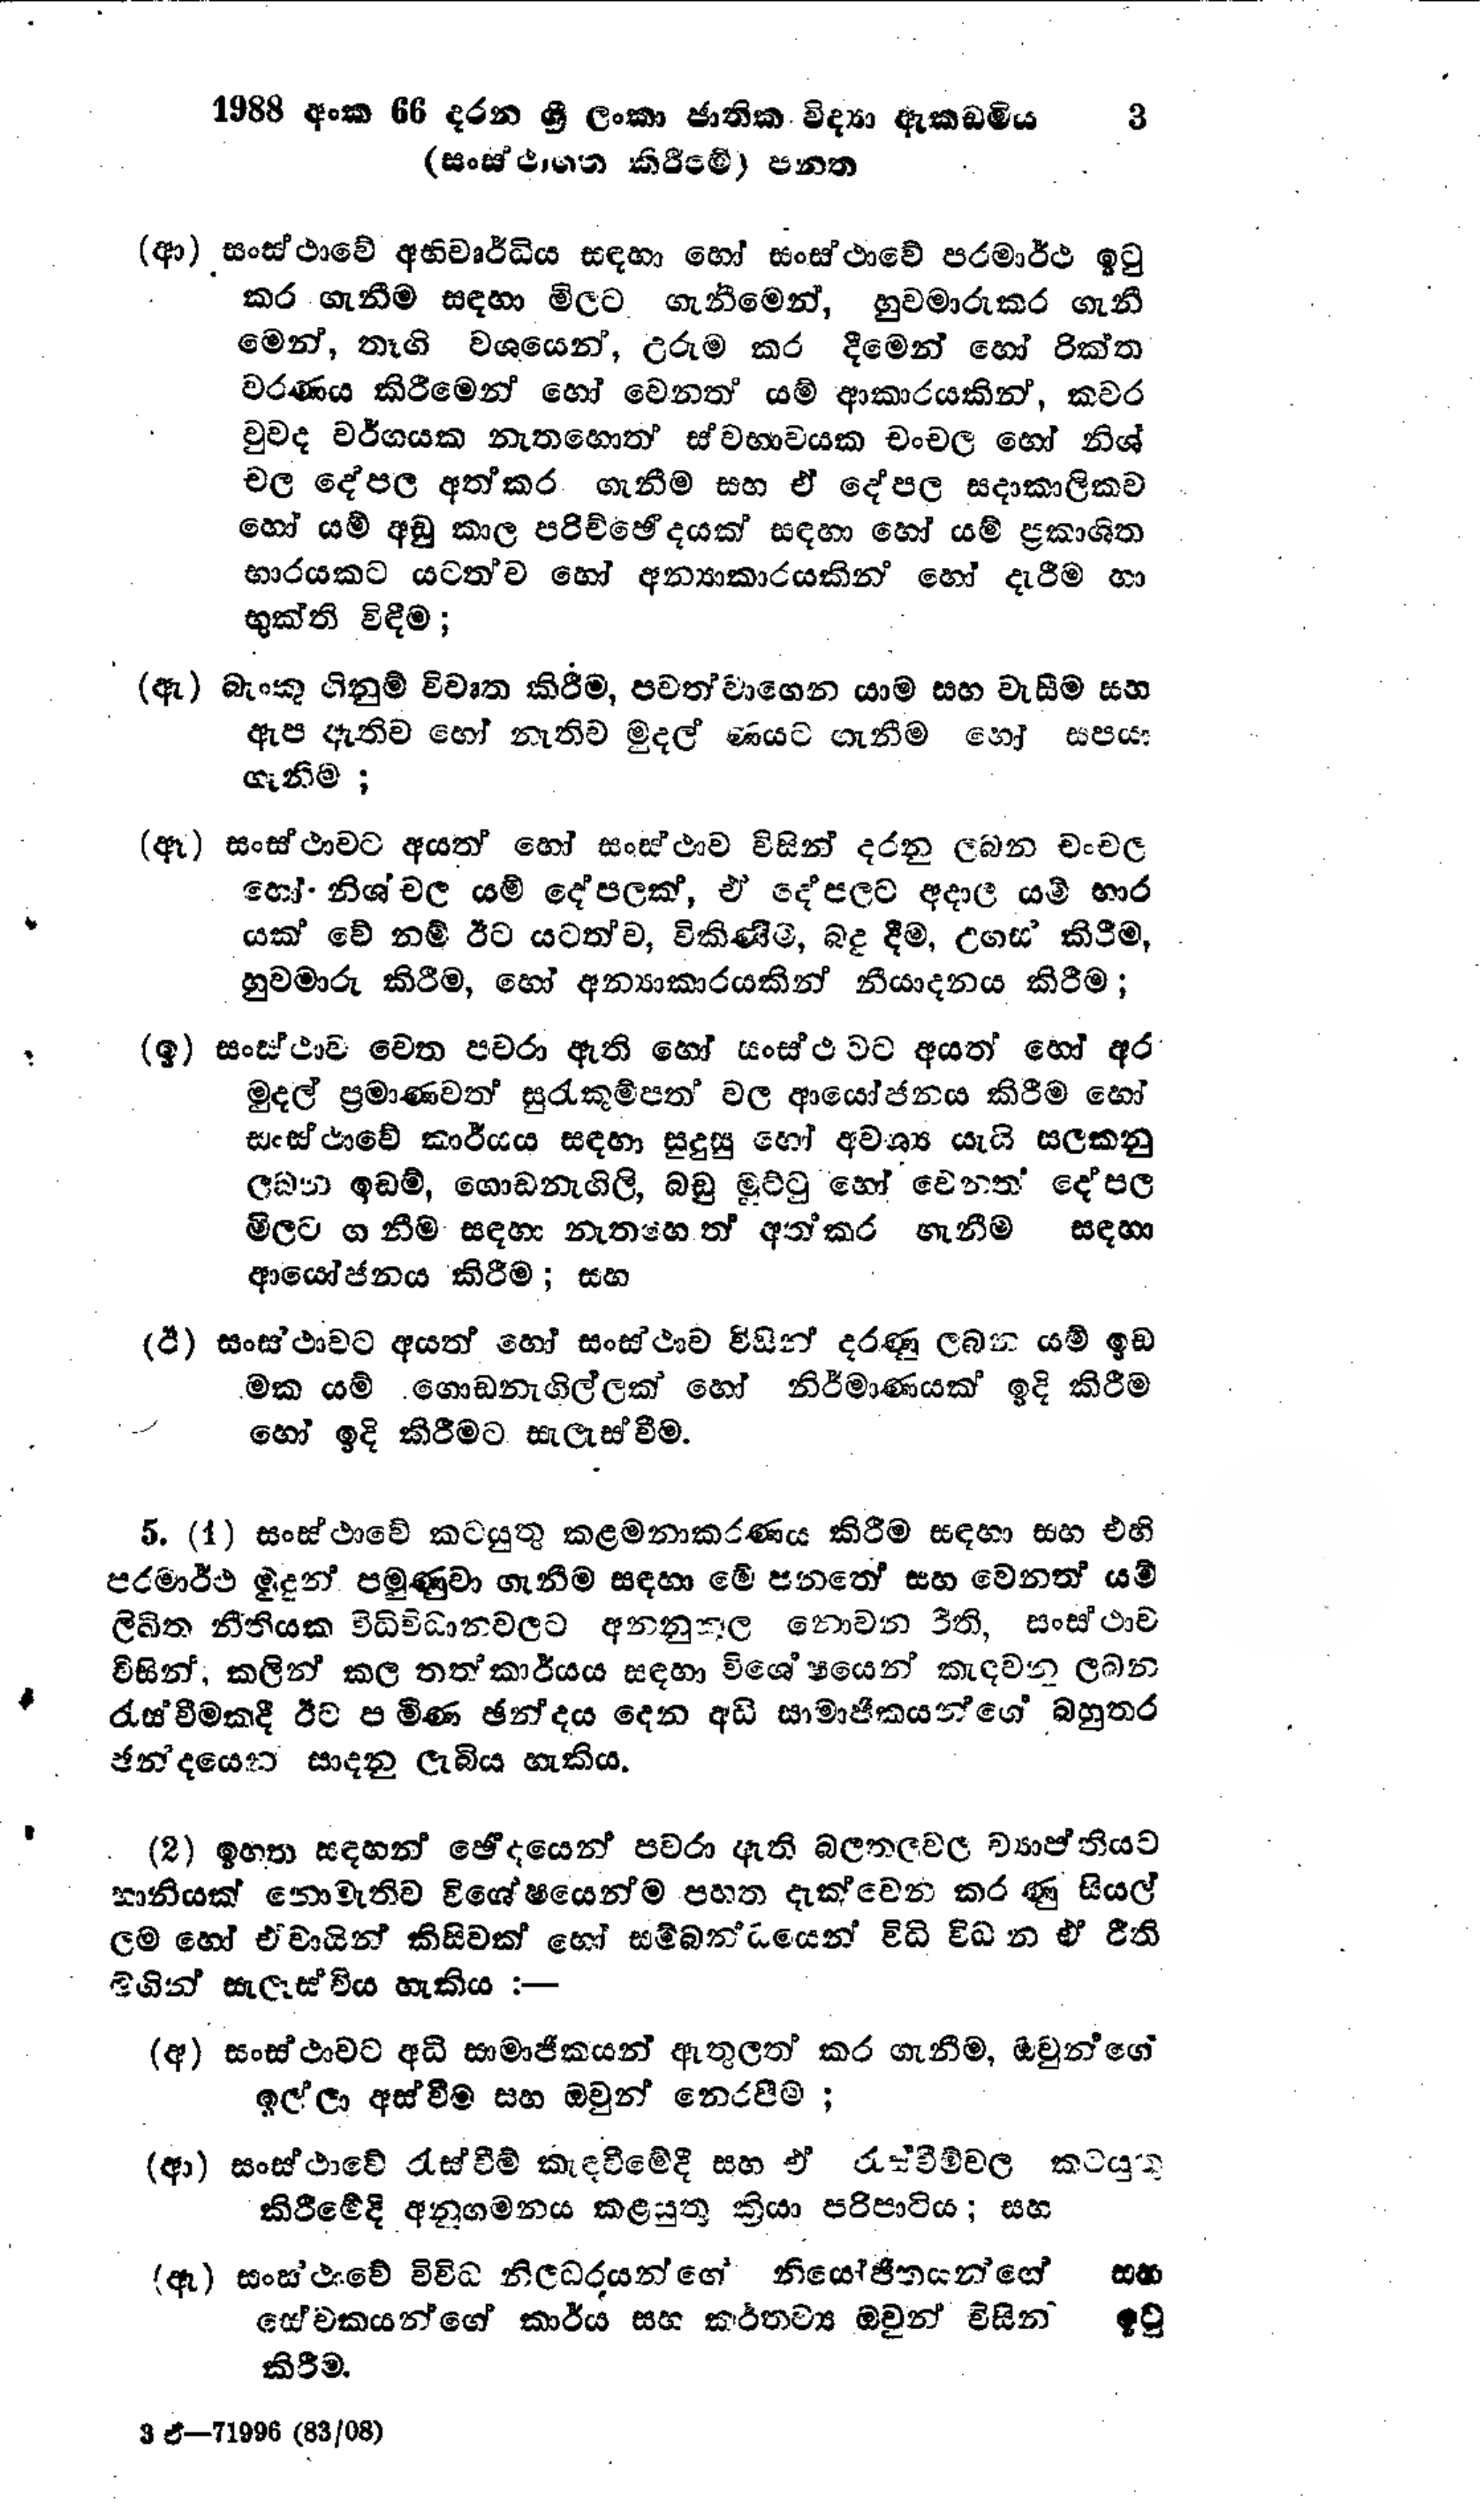
1988 අංක 66 දරන ශ්‍රී ලංකා ජාතික විද්‍යා ඇකඩමිය 3
(සංස්ථාගත කිරීමේ) පනත

(ආ) සංස්ථාවේ අභිවෘර්ධිය සඳහා හෝ සංස්ථාවේ පරමාර්ථ ඉටු
කර ගැනීම සඳහා මිලට ගැනීමෙන්, හුවමාරුකර ගැනී
මෙන්, තෑගි වශයෙන්, උරුම කර දීමෙන් හෝ රික්ත
වරණය කිරීමෙන් හෝ වෙනත් යම් ආකාරයකින්, කවර
වුවද වර්ගයක නැතහොත් ස්වභාවයක චංචල හෝ නිශ්
චල දේපල අත්කර ගැනීම සහ ඒ දේපල සදාකාලිකව
හෝ යම් අඩු කාල පරිච්ඡෙදයක් සඳහා හෝ යම් ප්‍රකාශිත
භාරයකට යටත්ව හෝ අන්‍යාකාරයකින් හෝ දැරීම හා
භුක්ති විඳීම;

(ඇ) බැංකු ගිනුම් විවෘත කිරීම, පවත්වාගෙන යාම සහ වැසීම සහ
ඇප ඇතිව හෝ නැතිව මුදල් ණයට ගැනීම හෝ සප‍යා
ගැනීම ;

(ඈ) සංස්ථාවට අයත් හෝ සංස්ථාව විසින් දරනු ලබන චංචල
හෝ නිශ්චල යම් දේපලක්, ඒ දේපලට අදාල යම් භාර
යක් වේ නම් ඊට යටත්ව, විකිණීම, බදු දීම, උගස් කිරීම,
හුවමාරු කිරීම, හෝ අන්‍යාකාරයකින් නියාදනය කිරීම;

(ඉ) සංස්ථාව වෙත පවරා ඇති හෝ සංස්ථවට අයත් හෝ අර
මුදල් ප්‍රමාණවත් සුරැකුම්පත් වල ආයෝජනය කිරීම හෝ
සංස්ථාවේ කාර්යය සඳහා සුදුසු හෝ අවශ්‍ය යැයි සලකනු
ලබන ඉඩම්, ගොඩනැගිලි, බඩු මුට්ටු හෝ වෙනත් දේපල
මිලට ගනීම සඳහා නැත හොත් අත්කර ගැනීම සඳහා
ආයෝජනය කිරීම; සහ

(ඊ) සංස්ථාවට අයත් හෝ සංස්ථාව විසින් දරණු ලබන යම් ඉඩ
මක යම් ගොඩනැගිල්ලක් හෝ නිර්මාණයක් ඉදි කිරීම
හෝ ඉදි කිරීමට සැලැස්වීම.

5. (1) සංස්ථාවේ කටයුතු කළමනාකරණය කිරීම සඳහා සහ එහි
පරමාර්ථ මුදුන් පමුණුවා ගැනීම සඳහා මේ පනතේ සහ වෙනත් යම්
ලිඛිත නීතියක විධිවිධාන වලට අනනුකූල නොවන රීති, සංස්ථාව
විසින්, කලින් කල තත්කාර්යය සඳහා විශේෂයෙන් කැඳවන ලබන
රැස්වීමකදී ඊට පැමිණ ඡන්දය දෙන අඩි සාමාජිකයන්ගේ බහුතර
ඡන්දයෙන් සාදනු ලැබිය හැකිය.

(2) ඉහත සඳහන් ඡේදයෙන් පවරා ඇති බලතලවල ව්‍යාප්තියට
හානියක් නොමැතිව විශේෂයෙන්ම පහත දැක්වෙන කරණු සියල්
ලම හෝ ඒවායින් කිසිවක් හෝ සම්බන්ධයෙන් විධිවිධාන ඒ රීති
මගින් සැලැස්විය හැකිය :-

(අ) සංස්ථාවට අධි සාමාජිකයන් ඇතුලත් කර ගැනීම, ඔවුන්ගේ
ඉල්ලා අස්වීම සහ ඔවුන් නෙරපීම;

(ආ) සංස්ථාවේ රැස්වීම් කැඳවීමේදී සහ ඒ රැස්වීම් වල කටයුතු
කිරීමේදී අනුගමනය කළ යුතු ක්‍රියා පරිපාටිය; සහ

(ඈ) සංස්ථාවේ විවිධ නිලධරයන්ගේ නියෝජිතයන්ගේ සහ
සේවකයන්ගේ කාර්ය සහ කර්තව්‍ය ඔවුන් විසින් ඉටු
කිරීම.

3 ඒ-71996 (83/08)